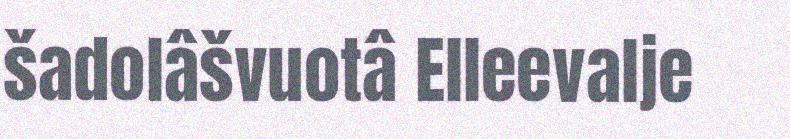
šadolâšvuotâ Elleevalje